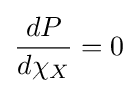
{\frac {dP}{d{\chi }_{X}}}=0